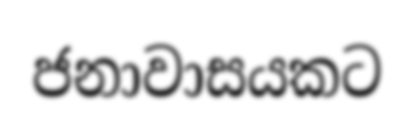
ජනාවාසයකට